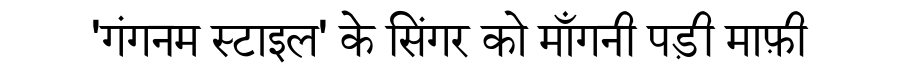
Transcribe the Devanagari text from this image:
'गंगनम स्टाइल' के सिंगर को माँगनी पड़ी माफ़ी